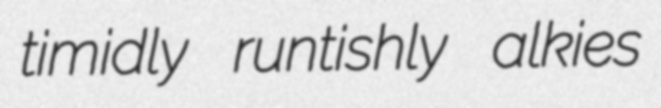
timidly runtishly alkies